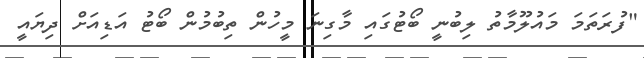
"ފުރަތަމަ މައުލޫމާތު ލިބުނީ ބޯޓުގައި މާގިނަ މީހުން ތިބުމުން ބޯޓު އަޑިއަށް ދިޔައީ